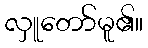
လှူတော်မူ၏။